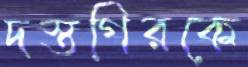
দস্তগিরকে